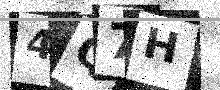
Text: 4Q7H